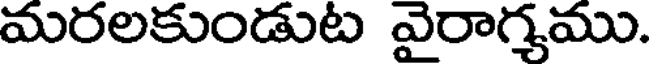
మరలకుండుట వైరాగ్యము.